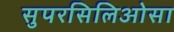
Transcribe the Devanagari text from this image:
सुपरसिलिओसा